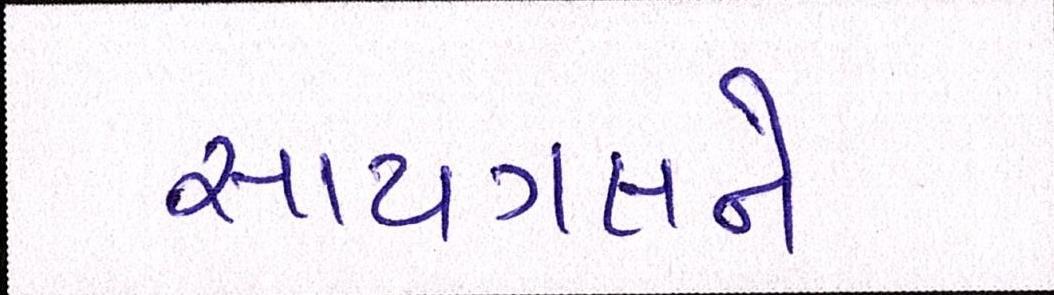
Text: સાયગલને